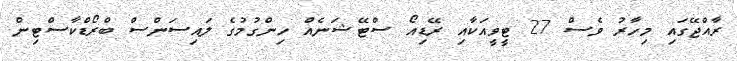
ރާއްޖޭގައި މިހާރު ވެސް 27 ޓީވީއަކާއި ރޭޑިއޯ ސްޓޭޝަނެއް ހިންގުމުގެ ލައިސަންސް ބްރޯޑްކާސްޓިން